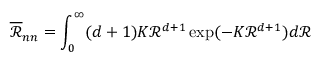
{ \overline { { \mathcal { R } } } } _ { n n } = \int _ { 0 } ^ { \infty } ( d + 1 ) K { \mathcal { R } } ^ { d + 1 } \exp ( - K { \mathcal { R } } ^ { d + 1 } ) d { \mathcal { R } }